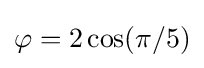
\varphi =2\cos(\pi /5)